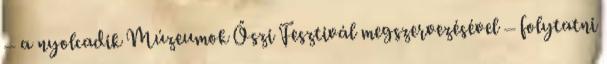
– a nyolcadik Múzeumok Őszi Fesztivál megszervezésével – folytatni